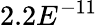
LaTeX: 2.2E^{-11}